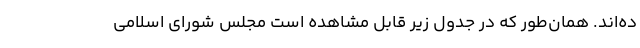
ده‌اند. همان‌طور که در جدول زیر قابل مشاهده است مجلس شورای اسلامی